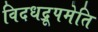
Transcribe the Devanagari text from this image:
विदधद्रूपमेति